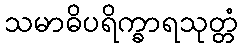
သမာဓိပရိက္ခာရသုတ္တံ